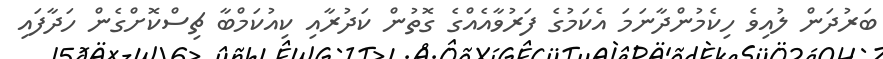
ބަރުދަން ލުއިވެ ހިކެމުންދާނަމަ އެކަމުގެ ފަރުވާއެއްގެ ގޮތުން ކަދުރާއި ކިއުކަމްބާ ޗިސްކޮށްގެން ހަދާފައި